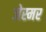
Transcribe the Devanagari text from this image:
जेस्मर